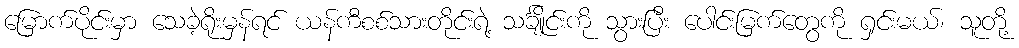
မြောက်ပိုင်းမှာ သေခဲ့ရိုးမှန်ရင် ယန်ကီစစ်သားတိုင်းရဲ့ သင်္ချိုင်းကို သွားပြီး ပေါင်းမြက်တွေကို ရှင်းမယ်၊ သူတို့